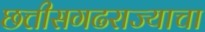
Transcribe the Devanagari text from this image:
छत्तीसगढराज्याचा